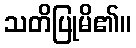
သတိပြုမိ၏။